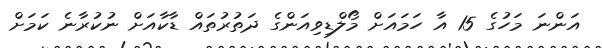
އަންނަ މަހުގެ 15 އާ ހަމައަށް މޯލްޑިވިއަންގެ ދަތުރުތައް ޑާކާއަށް ނުކުރާނެ ކަމަށް